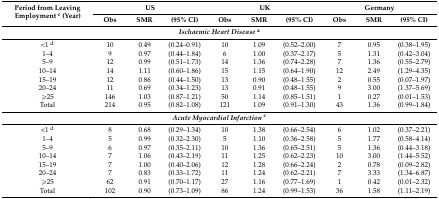
<table><thead><tr><td rowspan="2"><b>Period from Leaving Employment <sup>c</sup> (Year)</b></td><td colspan="3"><b>US</b></td><td colspan="3"><b>UK</b></td><td colspan="3"><b>Germany</b></td></tr><tr><td><b>Obs</b></td><td><b>SMR</b></td><td><b>(95% CI)</b></td><td><b>Obs</b></td><td><b>SMR</b></td><td><b>(95% CI)</b></td><td><b>Obs</b></td><td><b>SMR</b></td><td><b>(95% CI)</b></td></tr></thead><tbody><tr><td colspan="10"><b><i>Ischaemic Heart Disease</i><sup>a</sup></b></td></tr><tr><td>&lt;1 <sup>d</sup></td><td>10</td><td>0.49</td><td>(0.24–0.91)</td><td>10</td><td>1.09</td><td>(0.52–2.00)</td><td>7</td><td>0.95</td><td>(0.38–1.95)</td></tr><tr><td>1–4</td><td>9</td><td>0.97</td><td>(0.44–1.84)</td><td>6</td><td>1.00</td><td>(0.37–2.17)</td><td>5</td><td>1.31</td><td>(0.42–3.04)</td></tr><tr><td>5–9</td><td>12</td><td>0.99</td><td>(0.51–1.73)</td><td>14</td><td>1.36</td><td>(0.74–2.28)</td><td>7</td><td>1.36</td><td>(0.55–2.79)</td></tr><tr><td>10–14</td><td>14</td><td>1.11</td><td>(0.60–1.86)</td><td>15</td><td>1.15</td><td>(0.64–1.90)</td><td>12</td><td>2.49</td><td>(1.29–4.35)</td></tr><tr><td>15–19</td><td>12</td><td>0.86</td><td>(0.44–1.50)</td><td>13</td><td>0.90</td><td>(0.48–1.55)</td><td>2</td><td>0.55</td><td>(0.07–1.97)</td></tr><tr><td>20–24</td><td>11</td><td>0.69</td><td>(0.34–1.23)</td><td>13</td><td>0.91</td><td>(0.48–1.55)</td><td>9</td><td>3.00</td><td>(1.37–5.69)</td></tr><tr><td>≥25</td><td>146</td><td>1.03</td><td>(0.87–1.21)</td><td>50</td><td>1.14</td><td>(0.85–1.51)</td><td>1</td><td>0.27</td><td>(0.01–1.53)</td></tr><tr><td>Total</td><td>214</td><td>0.95</td><td>(0.82–1.08)</td><td>121</td><td>1.09</td><td>(0.91–1.30)</td><td>43</td><td>1.36</td><td>(0.99–1.84)</td></tr><tr><td colspan="10"><b><i>Acute Myocardial Infarction</i><sup>c</sup></b></td></tr><tr><td>&lt;1 <sup>d</sup></td><td>8</td><td>0.68</td><td>(0.29–1.34)</td><td>10</td><td>1.38</td><td>(0.66–2.54)</td><td>6</td><td>1.02</td><td>(0.37–2.21)</td></tr><tr><td>1–4</td><td>5</td><td>0.99</td><td>(0.32–2.30)</td><td>5</td><td>1.10</td><td>(0.36–2.58)</td><td>5</td><td>1.77</td><td>(0.58–4.14)</td></tr><tr><td>5–9</td><td>6</td><td>0.97</td><td>(0.35–2.11)</td><td>10</td><td>1.36</td><td>(0.65–2.51)</td><td>5</td><td>1.36</td><td>(0.44–3.18)</td></tr><tr><td>10–14</td><td>7</td><td>1.06</td><td>(0.43–2.19)</td><td>11</td><td>1.25</td><td>(0.62–2.23)</td><td>10</td><td>3.00</td><td>(1.44–5.52)</td></tr><tr><td>15–19</td><td>7</td><td>1.00</td><td>(0.40–2.06)</td><td>12</td><td>1.28</td><td>(0.66–2.24)</td><td>2</td><td>0.78</td><td>(0.09–2.82)</td></tr><tr><td>20–24</td><td>7</td><td>0.83</td><td>(0.33–1.72)</td><td>11</td><td>1.24</td><td>(0.62–2.21)</td><td>7</td><td>3.33</td><td>(1.34–6.87)</td></tr><tr><td>≥25</td><td>62</td><td>0.91</td><td>(0.70–1.17)</td><td>27</td><td>1.16</td><td>(0.77–1.69)</td><td>1</td><td>0.42</td><td>(0.01–2.32)</td></tr><tr><td>Total</td><td>102</td><td>0.90</td><td>(0.73–1.09)</td><td>86</td><td>1.24</td><td>(0.99–1.53)</td><td>36</td><td>1.58</td><td>(1.11–2.19)</td></tr></tbody></table>